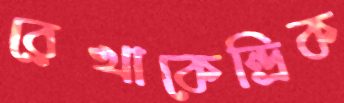
রেখাকেন্দ্রিক